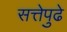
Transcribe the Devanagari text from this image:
सत्तेपुढे